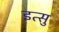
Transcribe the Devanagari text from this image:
इत्सु